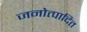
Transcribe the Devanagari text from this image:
जनोत्पादित